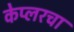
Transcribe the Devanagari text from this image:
केप्लरचा